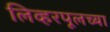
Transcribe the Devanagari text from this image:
लिव्हरपूलच्या